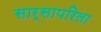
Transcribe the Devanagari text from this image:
सार्सापरिला